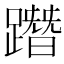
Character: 𨅔